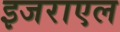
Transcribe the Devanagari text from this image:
इजराएल